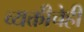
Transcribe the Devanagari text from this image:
व्यक्तीचेही